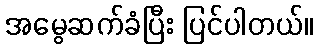
အမွေဆက်ခံပြီး ပြင်ပါတယ်။